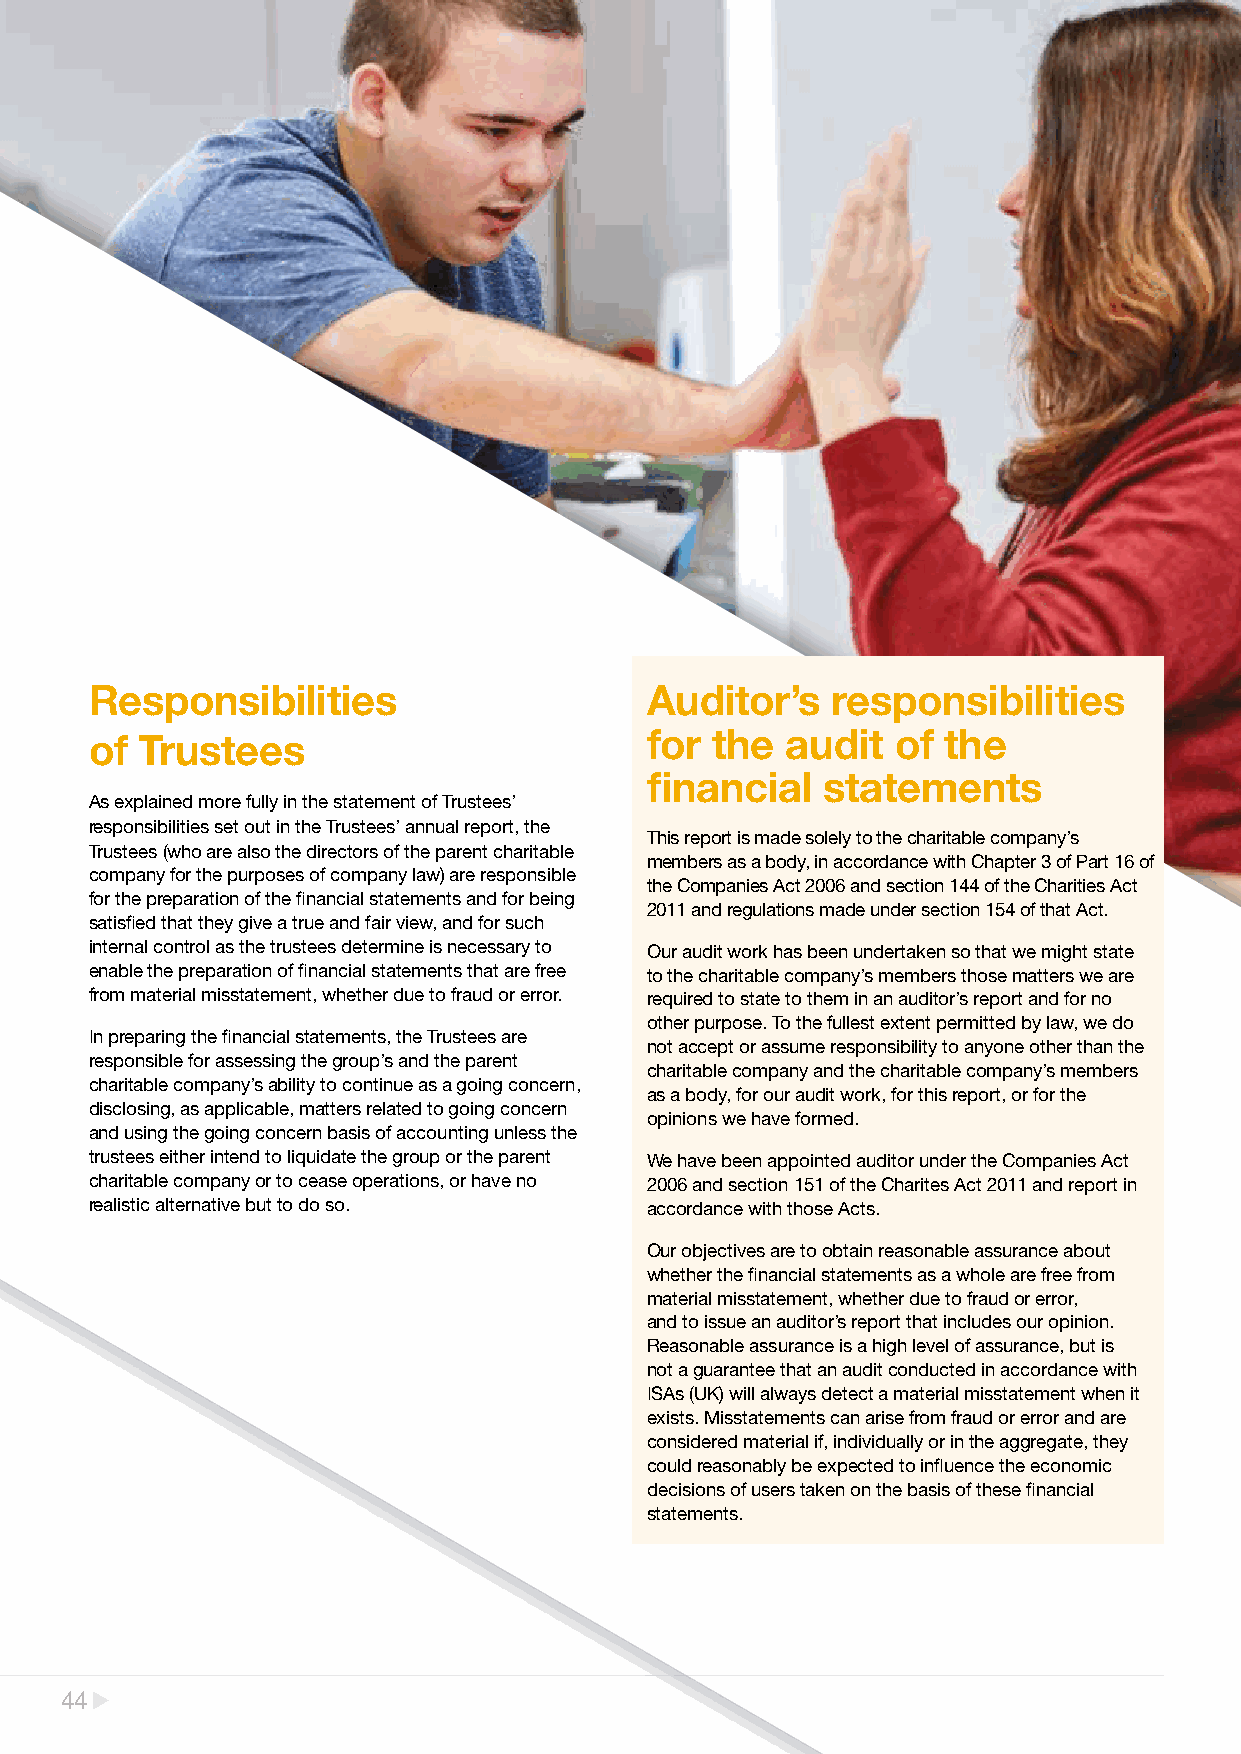
Responsibilities                     Auditor’s   responsibilities
 of Trustees                          for the  audit  of the
 financial  statements
 As explained more fully in the statement of Trustees’
 responsibilities set out in the Trustees’ annual report, the
 This report is made solely to the charitable company’s
 Trustees (who are also the directors of the parent charitable
 members as a body, in accordance with Chapter 3 of Part 16 of
 company for the purposes of company law) are responsible
 the Companies Act 2006 and section 144 of the Charities Act
 for the preparation of the financial statements and for being
 2011 and regulations made under section 154 of that Act.
 satisfied that they give a true and fair view, and for such
 internal control as the trustees determine is necessary to Our audit work has been undertaken so that we might state
 enable the preparation of financial statements that are free to the charitable company’s members those matters we are
 from material misstatement, whether due to fraud or error. required to state to them in an auditor’s report and for no
 other purpose. To the fullest extent permitted by law, we do
 In preparing the financial statements, the Trustees are
 not accept or assume responsibility to anyone other than the
 responsible for assessing the group’s and the parent
 charitable company and the charitable company’s members
 charitable company’s ability to continue as a going concern,
 as a body, for our audit work, for this report, or for the
 disclosing, as applicable, matters related to going concern
 opinions we have formed.
 and using the going concern basis of accounting unless the
 trustees either intend to liquidate the group or the parent We have been appointed auditor under the Companies Act
 charitable company or to cease operations, or have no 2006 and section 151 of the Charites Act 2011 and report in
 realistic alternative but to do so.  accordance with those Acts.
 Our objectives are to obtain reasonable assurance about
 whether the financial statements as a whole are free from
 material misstatement, whether due to fraud or error,
 and to issue an auditor’s report that includes our opinion.
 Reasonable assurance is a high level of assurance, but is
 not a guarantee that an audit conducted in accordance with
 ISAs (UK) will always detect a material misstatement when it
 exists. Misstatements can arise from fraud or error and are
 considered material if, individually or in the aggregate, they
 could reasonably be expected to influence the economic
 decisions of users taken on the basis of these financial
 statements.
 44